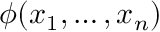
\phi ( x _ { 1 } , \ldots , x _ { n } )